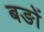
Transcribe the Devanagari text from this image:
बङों